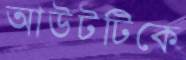
আউটটিকে